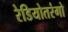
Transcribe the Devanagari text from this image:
रेडियोतरंगो